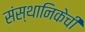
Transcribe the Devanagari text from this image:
संस्थानिकेची